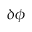
\delta \phi